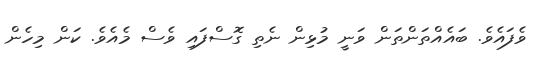
ވެފައެވެ. ބައެއްތަންތަން ވަނީ މުޅިން ނެތި ގޮސްފައި ވެސް މެއެވެ. ކަން މިހެން